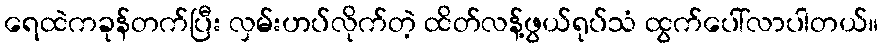
ရေထဲကခုန်တက်ပြီး လှမ်းဟပ်လိုက်တဲ့ ထိတ်လန့်ဖွယ်ရုပ်သံ ထွက်ပေါ်လာပါတယ်။